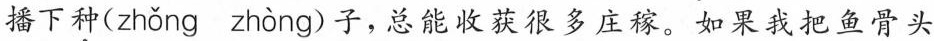
播下\underset{·}{种}( zhǒng zhòng )子，总能收获很多庄稼。 如果我把鱼骨头